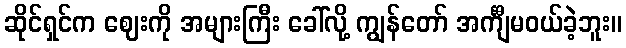
ဆိုင်ရှင်က ဈေးကို အများကြီး ခေါ်လို့ ကျွန်တော် အင်္ကျီမဝယ်ခဲ့ဘူး။